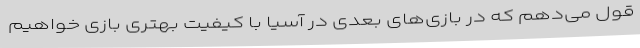
قول می‌دهم که در بازی‌های بعدی در آسیا با کیفیت بهتری بازی خواهیم